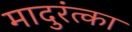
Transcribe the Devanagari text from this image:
मादुरंत्का